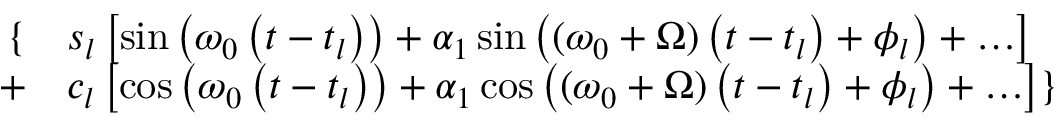
\begin{array} { r l } { \{ } & { { } s _ { l } \left[ \sin \left( \omega _ { 0 } \left( t - t _ { l } \right) \right) + \alpha _ { 1 } \sin \left( ( \omega _ { 0 } + \Omega ) \left( t - t _ { l } \right) + \phi _ { l } \right) + \ldots \right] } \\ { + } & { { } c _ { l } \left[ \cos \left( \omega _ { 0 } \left( t - t _ { l } \right) \right) + \alpha _ { 1 } \cos \left( ( \omega _ { 0 } + \Omega ) \left( t - t _ { l } \right) + \phi _ { l } \right) + \ldots \right] \} } \end{array}